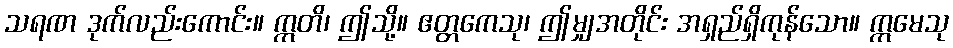
သရဏ ဒုက်လည်းကောင်း။ ဣတိ၊ ဤသို့။ ဧတ္တကေသု၊ ဤမျှအတိုင်း အရှည်ရှိကုန်သော။ ဣမေသု